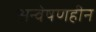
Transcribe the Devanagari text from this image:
अन्वेषणहीन